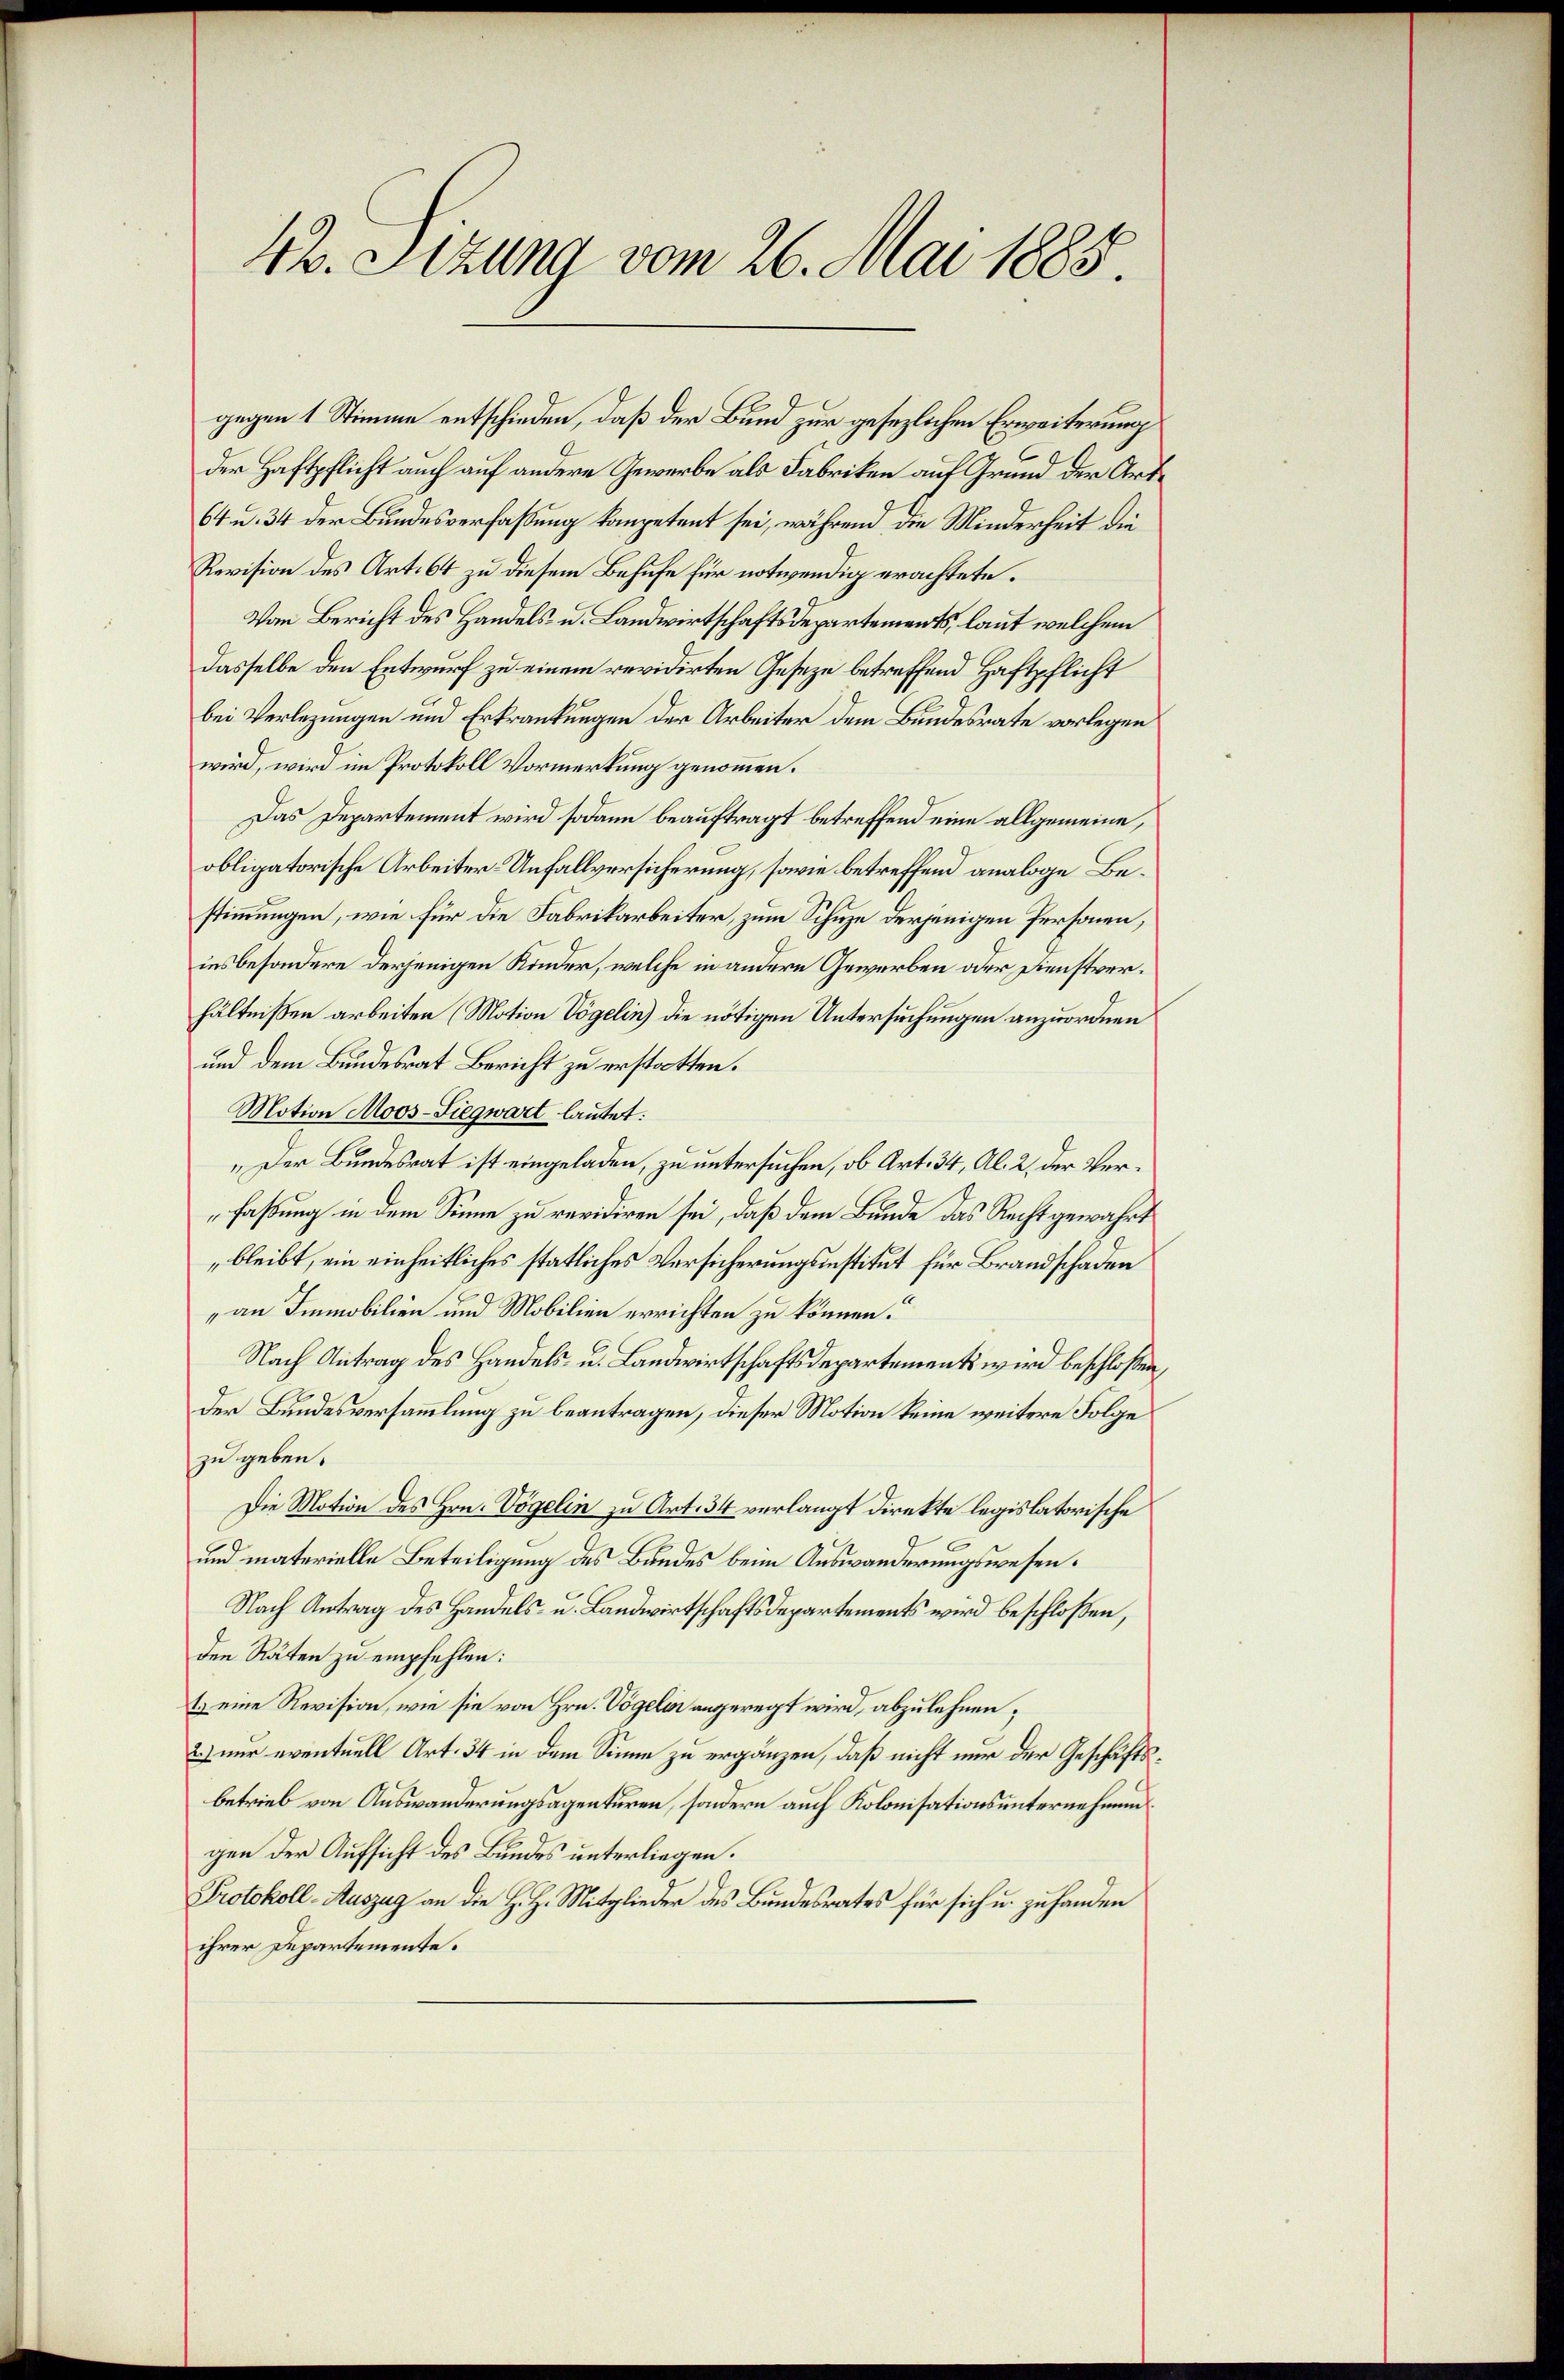
42. Sizung vom 26. Mai 1885.

der Haftpflicht auch auf andere Gewerbe als Fabriken auf Grund der Art¬
64 u. 34 der Bundesverfaßung kompetent sei, während die Minderheit die
Revision des Art. 64 zu diesem Behufe für notwendig erachtete.
Von Bericht des Handels- u. Landwirtschaftsdepartements, laut welchem
dasselbe den Entwurf zu einem revidirten Gesetze betreffend Haftpflicht
bei Verlegungen und Erkrankungen der Arbeiter dem Bundesrate vorlegen
wird, wird im Protokoll Vormerkung genommen.
Das Departement wird sodann beauftragt betreffend eine allgemeine,
obligatorische Arbeiter Unfallversicherung, sowie betreffend analoge Bestimmungen, wie für die Fabrikarbeiter, zum Schuze derjenigen Personen,
insbesondere derjenigen Kinder, welche in andere Gewerben oder Dienstverhältnißen arbeiten (Motion Vögelin) die nötigen Untersuchungen anzuordnen
und dem Bundesrat Bericht zu erstatten.
Motion Moos-Siegwart lautet.
„Der Bundesrat ist eingeladen, zu untersuchen, ob Art. 34, Al. 2, der Verfaßung in dem Sinne zu revidiren sei, daß dem Bunde das Recht gewahrt
bleibt, ein einheitliches statliches Versicherungsinstitut für Brandschaden
„an Immobilien und Mobilien errichten zu können.
Nach Antrag des Handels- u. Landwirtschaftsdepartements wird beschloßen,
Der Bundesversammlung zu beantragen, dieser Motion keine weitere Folge
zu geben.
Die Motion des Hrn. Vögelin zu Art. 34 verlangt direkte legislatorische
und materielle Beteiligung des Bundes beim Auswanderungswesen¬
Nach Antrag des Handels- u. Landwirtschaftsdepartements wird beschloßen,
den Räten zu empfehlen:
t. eine Revision, wie sie von Hrn. Vögeli angeregt wird, abzulehnen;
2.) nur eventuell Art. 34 in dem Sinne zu ergänzen, daß nicht nur der Geschäftsbetrieb von Auswanderungsagenturen, sondern auch Kolonisationsunternehmungen der Aufsicht des Bundes unterliegen.
Protokoll-Auszug an die H. H. Mitglieder des Bundesrates für sich u. zu handen
ihrer Departemente.

gegen 1 Stimme entschieden, daß der Bund zur gesezlichen Erweiterung